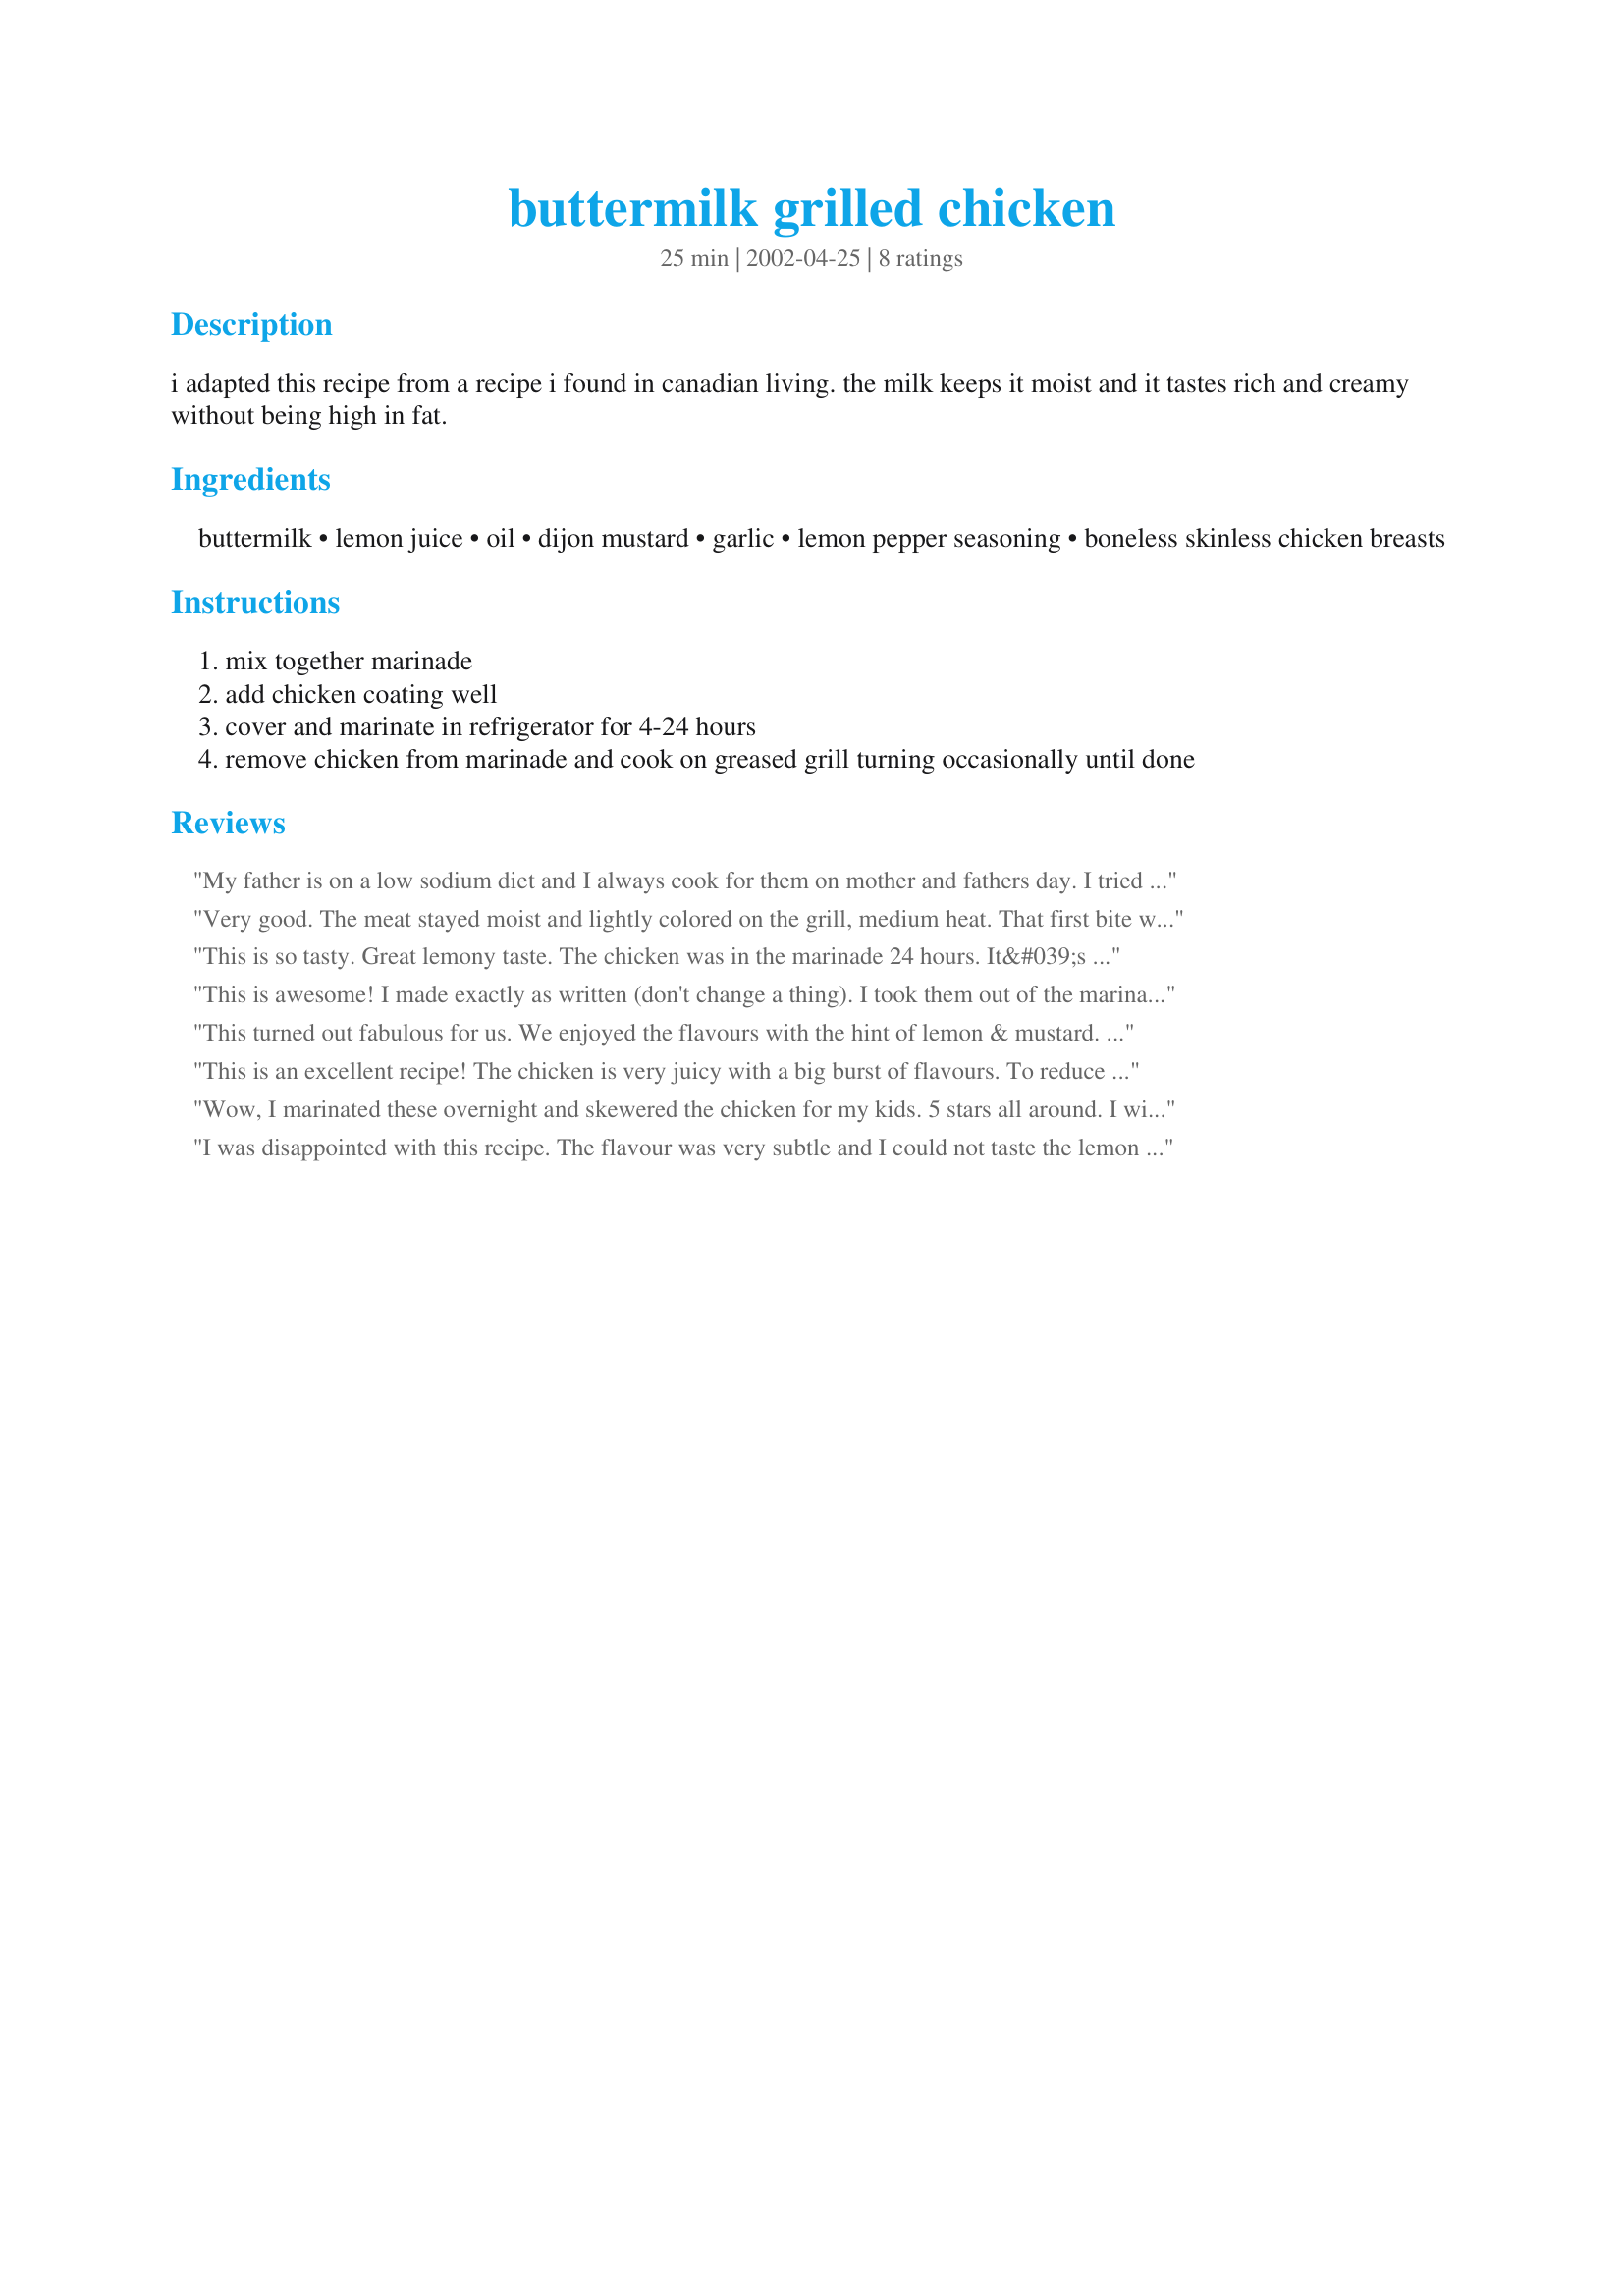
buttermilk grilled chicken
Preparation time: 25 minutes

i adapted this recipe from a recipe i found in canadian living. the milk keeps it moist and it tastes rich and creamy without being high in fat.

Ingredients:
buttermilk, lemon juice, oil, dijon mustard, garlic, lemon pepper seasoning, boneless skinless chicken breasts

Steps:
mix together marinade
add chicken coating well
cover and marinate in refrigerator for 4-24 hours
remove chicken from marinade and cook on greased grill turning occasionally until done

Reviews:
My father is on a low sodium diet and I always cook for them on mother and fathers day. I tried the recipe first and it was GREAT. I am sure they too will enjoy it. Thanks.
Very good. The meat stayed moist and lightly colored on the grill, medium heat. That first bite was a surprise of pleasure with the taste of lemon. My hubby ate extra so you know it was good. Thanks for sharing.
This is so tasty. Great lemony taste. The chicken was in the marinade 24 hours. It&#039;s my first time marinating chicken in buttermilk. It makes it moist. Thanks Kate :) Made for Name that ingredient tag game
This is awesome! I made exactly as written (don't change a thing).
I took them out of the marinade and put into 9x13 and sprinkled with homemade bread crumbs seasoned with Smash Seasoning (338441) by Sue L. DH just loved it. Thanks for posting.
This turned out fabulous for us. We enjoyed the flavours with the hint of lemon & mustard. Easy, quick & tasty dish, thanks for sharing!
This is an excellent recipe! The chicken is very juicy with a big burst of flavours. To reduce the fat, I omitted the oil & cooked on the Foreman grill.
Wow, I marinated these overnight and skewered the chicken for my kids. 5 stars all around. I wish I could post a picture but they went so quickly. I can't wait to try them on the grill! Thanks, Kate.
I was disappointed with this recipe. The flavour was very subtle and I could not taste the lemon or the Dijon even though it was marinated overnight. Sorry for the negative review!
